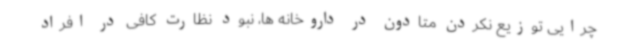
چرایی توزیع نکردن متادون در داروخانه ها، نبود نظارت کافی در افراد